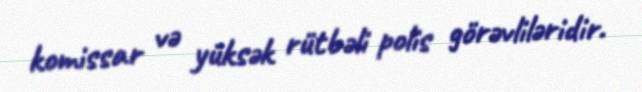
komissar və yüksək rütbəli polis görəvliləridir.